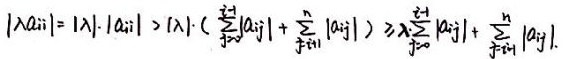
$|\lambda a_{ii}| = |\lambda|\cdot|a_{ii}| > |\lambda|\cdot(\sum_{j=1}^{i - 1}|a_{ij}|+\sum_{j = i + 1}^{n}|a_{ij}|)\geqslant \sum_{j = 1}^{i - 1}|a_{ij}|+\sum_{j = i + 1}^{n}|a_{ij}|.$